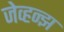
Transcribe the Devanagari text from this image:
जेव्हन्झ